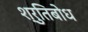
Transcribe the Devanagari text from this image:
श्रुतिबोध